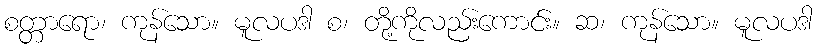
စတ္တာရော၊ ကုန်သော။ မူလပဒါ စ၊ တို့ကိုလည်းကောင်း။ ဆ၊ ကုန်သော။ မူလပဒါ